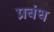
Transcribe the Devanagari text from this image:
प्रबंध